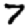
Digit: 7